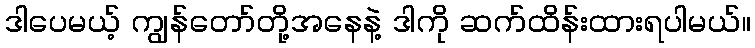
ဒါပေမယ့် ကျွန်တော်တို့အနေနဲ့ ဒါကို ဆက်ထိန်းထားရပါမယ်။